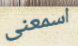
اسمعنى